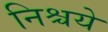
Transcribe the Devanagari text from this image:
निश्चये